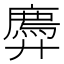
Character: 𫸠